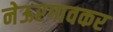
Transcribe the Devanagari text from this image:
नेऊरगावकर